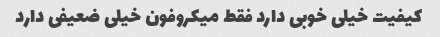
کیفیت خیلی خوبی دارد فقط میکروفون خیلی ضعیفی دارد